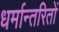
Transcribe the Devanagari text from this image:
धर्मान्तरितों